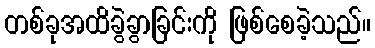
တစ်ခုအထိခွဲခွာခြင်းကို ဖြစ်စေခဲ့သည်။